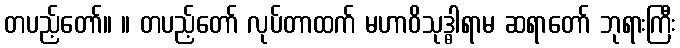
တပည့်တော်။ ။ တပည့်တော် လုပ်တာထက် မဟာဝိသုဒ္ဓါရာမ ဆရာတော် ဘုရားကြီး